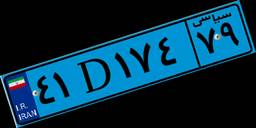
۴۱D۱۷۴۷۹